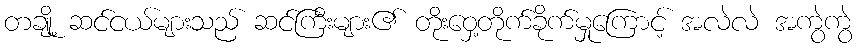
တချို့ ဆင်ငယ်များသည် ဆင်ကြီးများ၏ တိုးဝှေ့တိုက်ခိုက်မှုကြောင့် အလဲလဲ အကွဲကွဲ